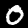
Digit: 0